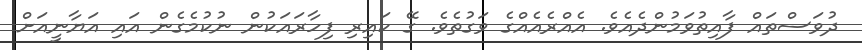
ދުވަސްތައް ފާއިތުވަމުންދެއެވެ. އެއްރެއެއްގެ ވަގުތެވެ. ގޭ ކައިރި ފިހާރައަކުން ނުކުމެގެން އައި އަޔާނީއަށް